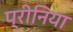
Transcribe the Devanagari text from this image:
प्रीनिया